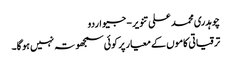
چوہدری محمد علی تنویر - جیو اردو
ترقیاتی کاموں کے معیار پر کوئی سمجھوتہ نہیں ہو گا۔